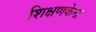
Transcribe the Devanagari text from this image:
शिक्षणकेन्द्र